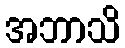
အဘာသိ